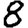
Digit: 8